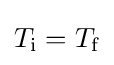
T_{\mathrm {i} }=T_{\mathrm {f} }